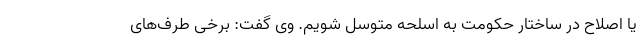
یا اصلاح در ساختار حکومت به اسلحه متوسل شویم. وی گفت: برخی طرف‌های